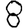
Digit: 8